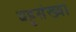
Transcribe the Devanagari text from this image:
बहुसंख्‍या